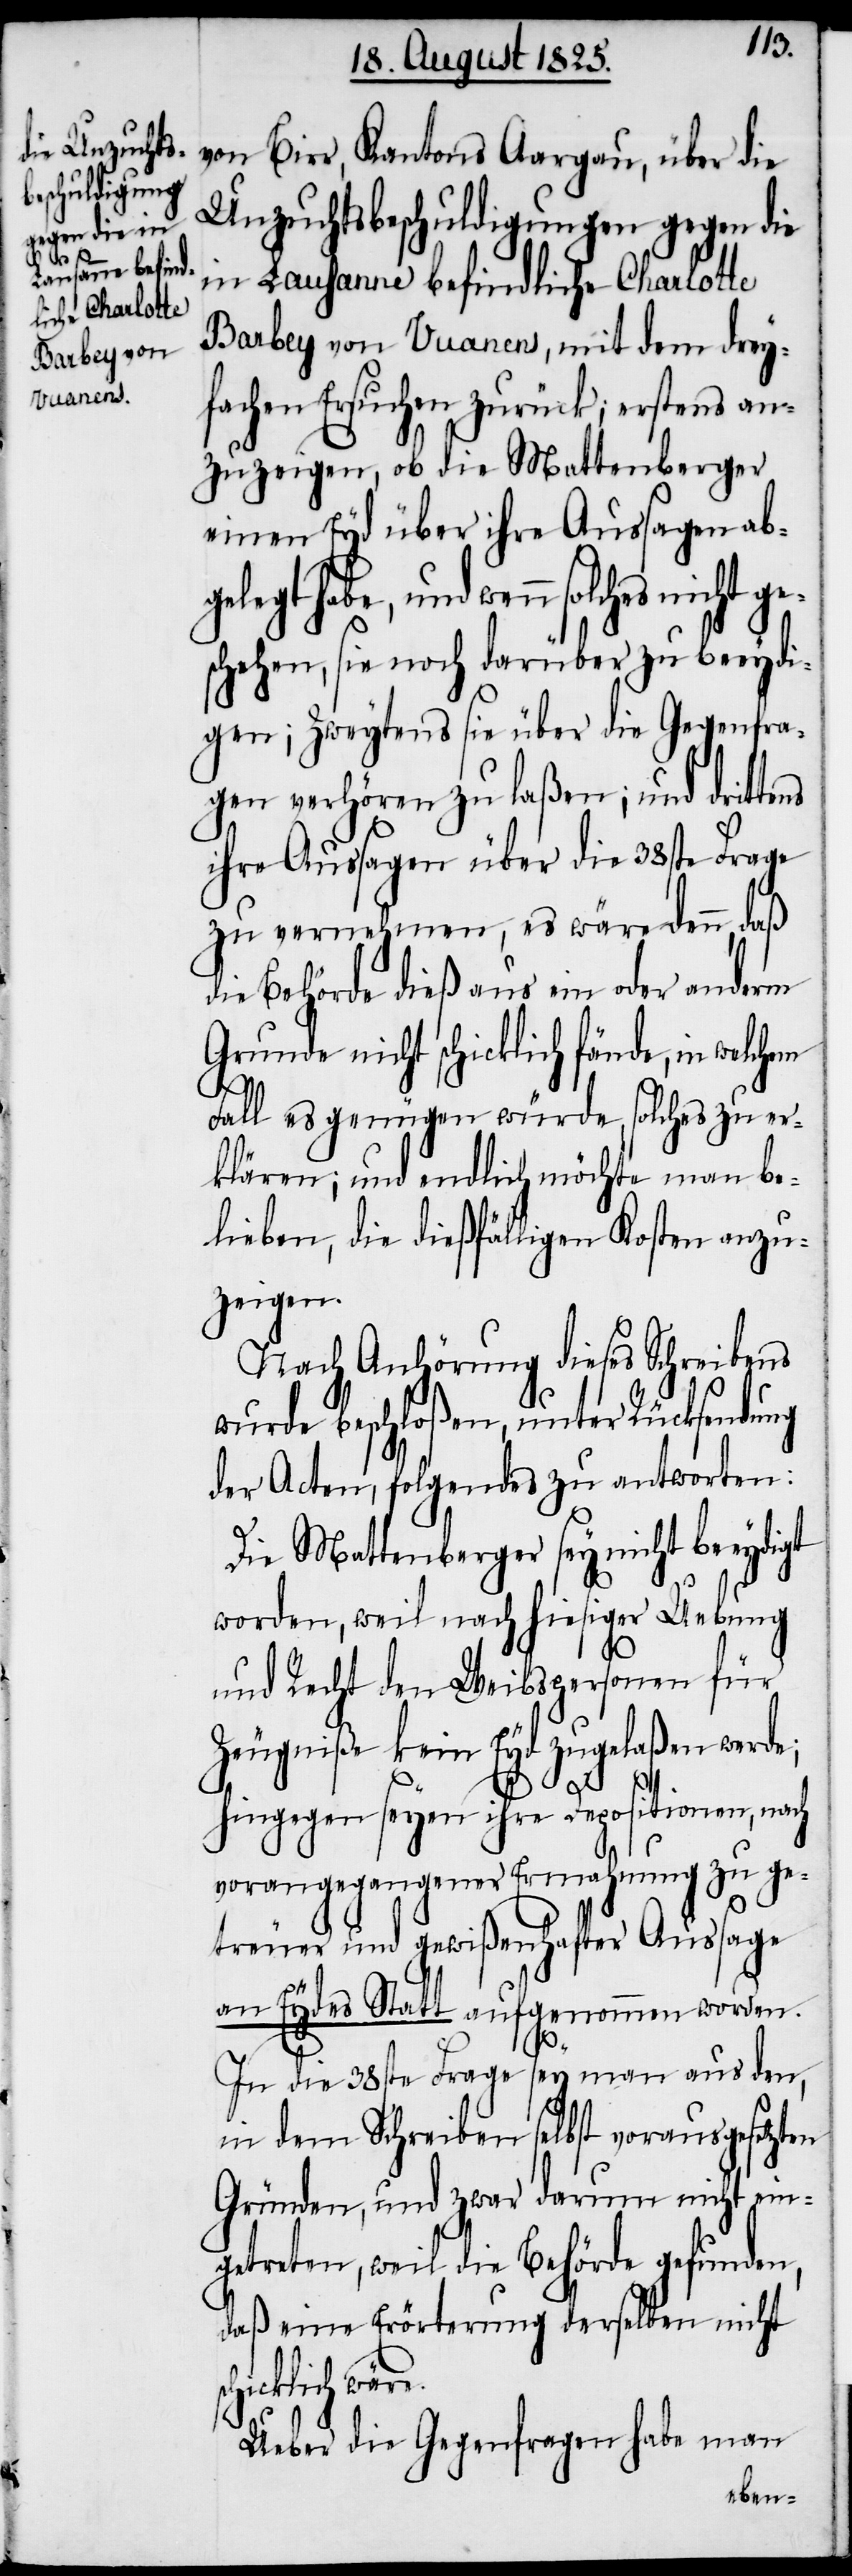
von Birr, Kantons Aargau, über die
Unzuchtsbeschuldigungen gegen die
in Lausanne befindliche Charlotte
Barbey von Vuanens, mit dem drey¬
fachen Ersuchen zurück; erstens an¬
zuzeigen, ob die Mattenberger
einen Eyd über ihre Aussagen ab¬
gelegt habe, und wenn solches nicht ge¬
schehen, sie noch darüber zu beeydi¬
gen; zweytens sie über die Gegenfra¬
gen verhören zu laßen; und drittens
ihre Aussagen über die 38ste Frage
zu vernehmen, es wäre denn, daß
die Behörde dieß aus ein oder anderm
Grunde nicht schicklich fände, in welchem
Fall es genügen würde, solches zu er¬
klären; und endlich möchte man be¬
lieben, die dießfälligen Kosten anzu¬
zeigen.
Nach Anhörung dieses Schreibens
wurde beschloßen, unter Rücksendung
der Acten, folgendes zu antworten:
Die Mattenberger sey nicht beeydigt
worden, weil nach hiesiger Uebung
und Recht den Weibspersonen für
Zeugniße kein Eyd zugelaßen werde;
sc¬
hingegen seyen ihre Depositionen, nach
vorangegangener Ermahnung zu ge¬
treuer und gewißenhafter Aussage
an Eydes Statt aufgenommen worden.
e.
In die 38ste Frage sey man aus den,
in dem Schreiben selbst vorausgesetzten
Gründen, und zwar darum nicht ein¬
getreten, weil die Behörde gefunden,
daß eine Erörterung derselben nicht
hicklich wär¬
Ueber die Gegenfragen haben man